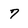
Character: 7